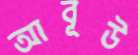
আবূউ